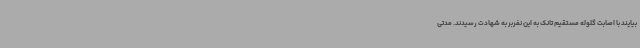
بیایند با اصابت گلوله مستقیم تانک به این نفربر به شهادت رسیدند. مدتی